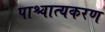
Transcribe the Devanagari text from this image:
पाश्चात्यकरण